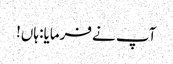
آپ نے فرمایا: ہاں!